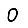
Digit: 0